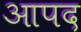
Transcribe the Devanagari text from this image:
आपद